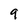
Character: 9